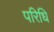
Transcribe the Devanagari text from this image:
परिधि